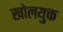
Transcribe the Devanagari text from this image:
खोलयुक्त